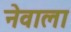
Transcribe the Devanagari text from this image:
नेवाला